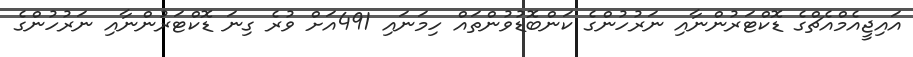
އައިޖީއެމްއެޗްގެ ޑޮކްޓަރުންނާއި ނަރުހުންގެ ކަންބޮޑުވުންތައް ހިމަނައި 491އަށް ވުރެ ގިނަ ޑޮކްޓަރުންނާއި ނަރުހުންގެ